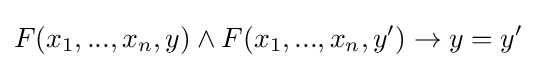
F(x_{1},...,x_{n},y)\land F(x_{1},...,x_{n},y')\rightarrow y=y'